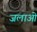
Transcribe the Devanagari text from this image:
जलाओ